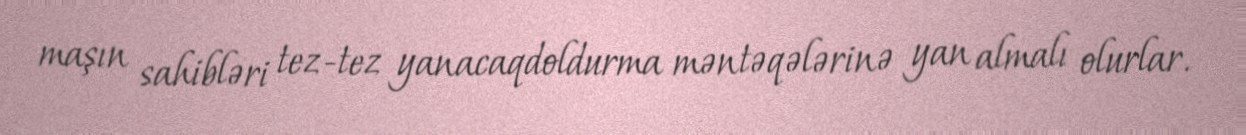
maşın sahibləri tez-tez yanacaqdoldurma məntəqələrinə yan almalı olurlar.